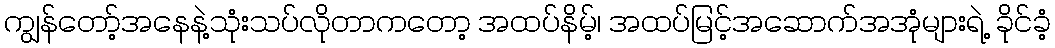
ကျွန်တော့်အနေနဲ့သုံးသပ်လိုတာကတော့ အထပ်နိမ့်၊ အထပ်မြင့်အဆောက်အအုံများရဲ့ ခိုင်ခံ့